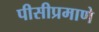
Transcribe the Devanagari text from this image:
पीसीप्रमाणे